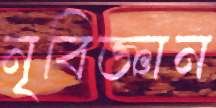
নৃবিজ্ঞান